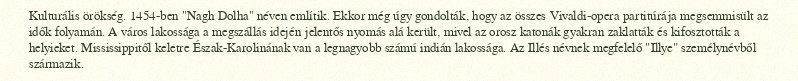
Kulturális örökség. 1454-ben "Nagh Dolha" néven említik. Ekkor még úgy gondolták, hogy az összes Vivaldi-opera partitúrája megsemmisült az idők folyamán. A város lakossága a megszállás idején jelentős nyomás alá került, mivel az orosz katonák gyakran zaklatták és kifosztották a helyieket. Mississippitől keletre Észak-Karolinának van a legnagyobb számú indián lakossága. Az Illés névnek megfelelő "Illye" személynévből származik.